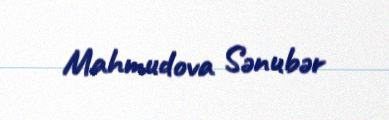
Mahmudova Sənubər